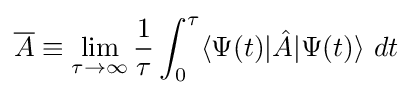
{\overline {A}}\equiv \lim _{\tau \to \infty }{\frac {1}{\tau }}\int _{0}^{\tau }\langle \Psi (t)|{\hat {A}}|\Psi (t)\rangle ~dt